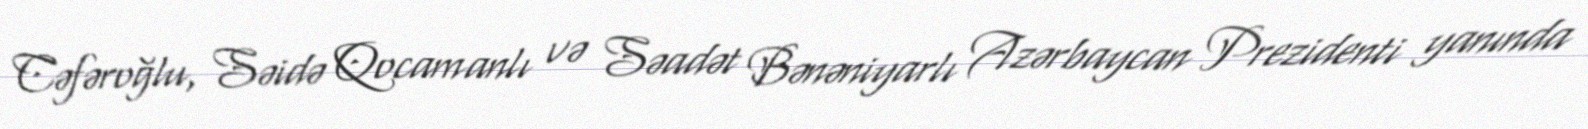
Cəfəroğlu, Səidə Qocamanlı və Səadət Bənəniyarlı Azərbaycan Prezidenti yanında